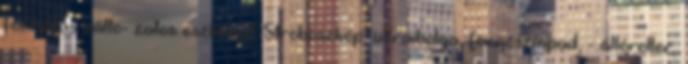
formálás válto- zatos eszközeit. Stroboszkóp, ultraibolya, forgószínpad, - állóroller,